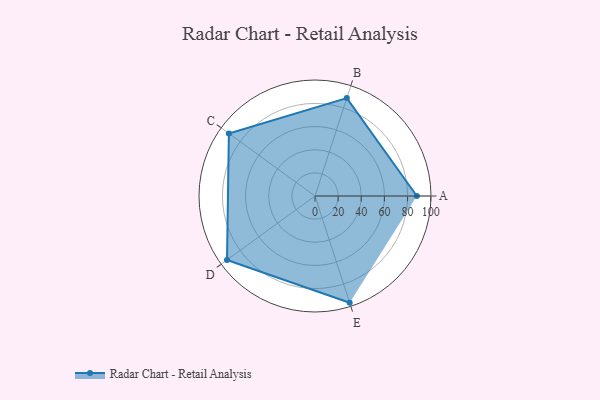
{"axis": {"x": "Skill", "y": "Score"}, "legend": ["Profile"], "data": [{"x": "A", "y": 88.0, "type": "Profile"}, {"x": "B", "y": 89.0, "type": "Profile"}, {"x": "C", "y": 92.0, "type": "Profile"}, {"x": "D", "y": 94.0, "type": "Profile"}, {"x": "E", "y": 97.0, "type": "Profile"}]}